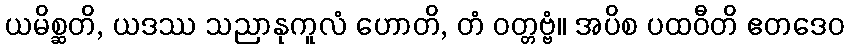
ယမိစ္ဆတိ, ယဒဿ သညာနုကူလံ ဟောတိ, တံ ဝတ္တဗ္ဗံ။ အပိစ ပထဝီတိ ဧတဒေဝ